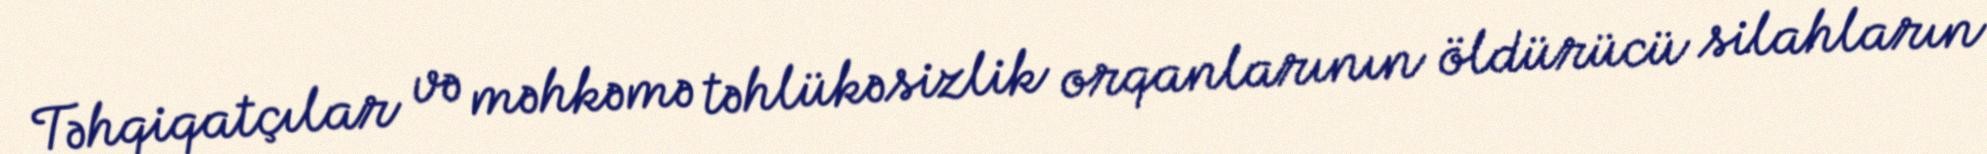
Təhqiqatçılar və məhkəmə təhlükəsizlik orqanlarının öldürücü silahların